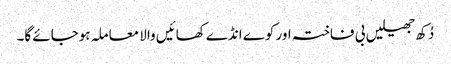
دُکھ جھیلیں بی فاختہ اور کوے انڈے کھائیں والا معاملہ ہوجائے گا۔